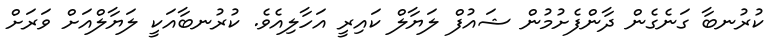
ކުރުނބާ ގަނެގެން ދާންފެށުމުން ޝައުފް ލަޔާލް ކައިރީ އަހާލިއެވެ. ކުރުނބާއަކީ ލަޔާލްއަށް ވަރަށް